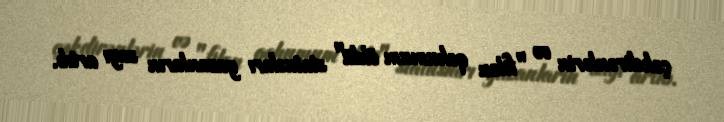
çəkdirənlərin və "filan qohumum öldü" statusları yazanların sayı artıb.